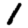
Digit: 1